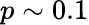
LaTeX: p\sim 0.1